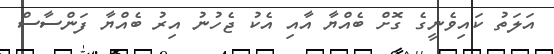
އަލަތު ކައިވެނީގެ ގޮށް ބެއްޔާ އާއި އެކު ޖެހުނު އިރު ބެއްޔާ ފަންސާސް